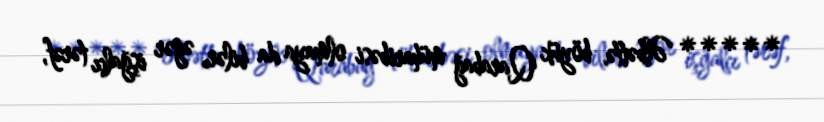
***** Əlbəttə, böyük Qarabağ müharibəsi olmaya da bilər, əgər işğalçı tərəf,